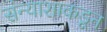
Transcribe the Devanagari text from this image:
संन्याशाकडून